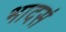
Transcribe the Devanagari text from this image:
भादसं